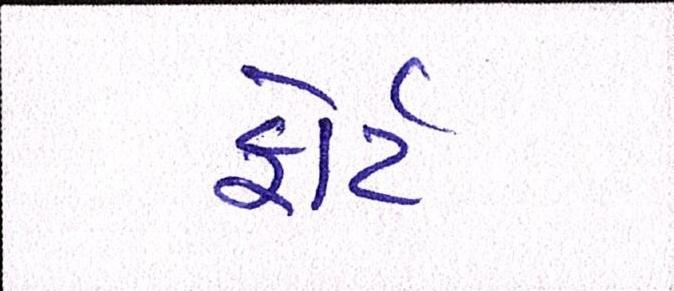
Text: ફોર્ટ